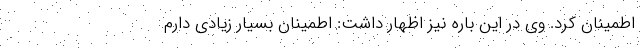
اطمینان کرد. وی در این باره نیز اظهار داشت: اطمینان بسیار زیادی دارم